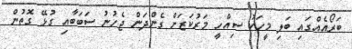
ބަރޯއެއްގައި ބަލި މީހަކު ސިއްހީ މަރުކަޒަށް ގެންދަން ޖެހުނު ސަބަބާއި ގުޅޭ ގޮތުން